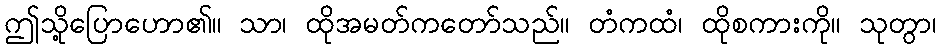
ဤသို့ပြောဟော၏။ သာ၊ ထိုအမတ်ကတော်သည်။ တံကထံ၊ ထိုစကားကို။ သုတွာ၊